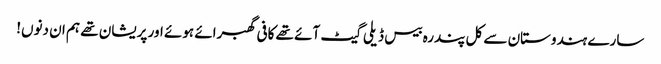
سارے ہندوستان سے کل پندرہ بیس ڈیلی گیٹ آئے تھے کافی گھبرائے ہوئے اور پریشان تھے ہم ان دنوں!